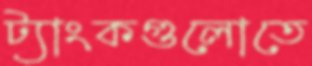
ট্যাংকগুলোতে